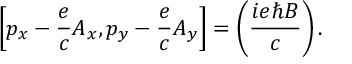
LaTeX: \left[ p _ { x } - { \frac { e } { c } } A _ { x } , p _ { y } - { \frac { e } { c } } A _ { y } \right] = \left( { \frac { i e \hbar B } { c } } \right) .